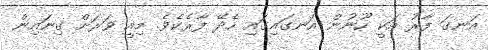
އަނގަ ފާރު އަކީ ހޫނުން އަނގައިގައި ހެދޭ ފާރެކެވެ. މިއީ ވަރަށް ގިނައިން